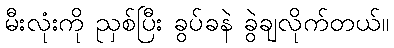
မီးလုံးကို ညှစ်ပြီး ခွပ်ခနဲ ခွဲချလိုက်တယ်။